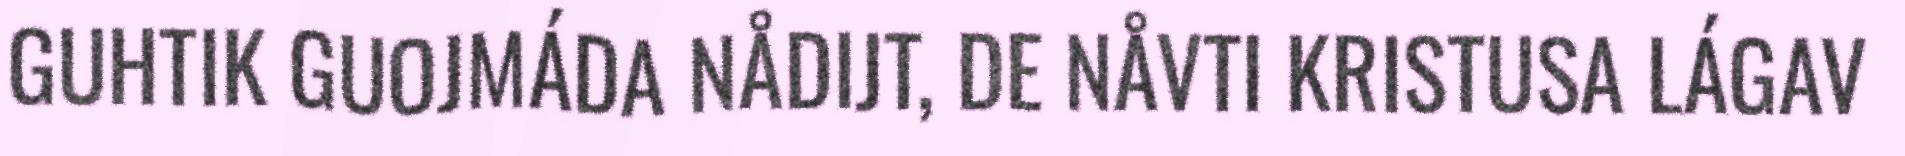
GUHTIK GUOJMÁDA NÅDIJT, DE NÅVTI KRISTUSA LÁGAV